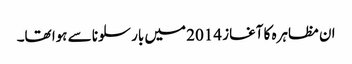
ان مظاہرہ کا آغاز 2014 میں بارسلونا سے ہوا تھا۔